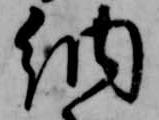
納